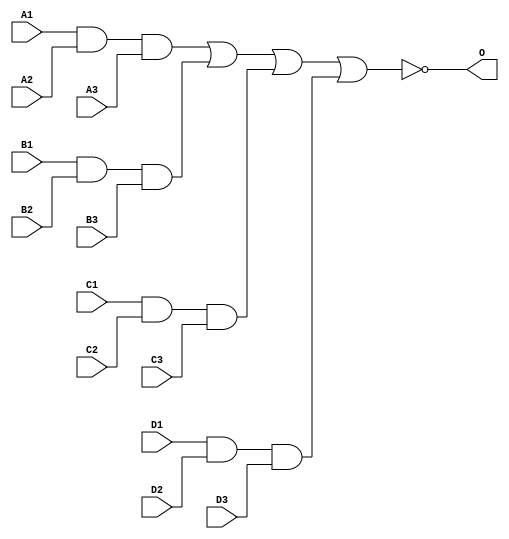
module MJD3X4A(A1, A2, A3, B1, B2, B3, C1, C2, C3, D1, D2, 
        D3, O);
input   A1;
input   A2;
input   A3;
input   B1;
input   B2;
input   B3;
input   C1;
input   C2;
input   C3;
input   D1;
input   D2;
input   D3;
output  O;
and g0(w0, A1, A2, A3);
and g1(w4, B1, B2, B3);
and g2(w8, C1, C2, C3);
and g3(w12, D1, D2, D3);
nor g4(O, w0, w4, w8, w12);
endmodule